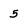
Character: 5